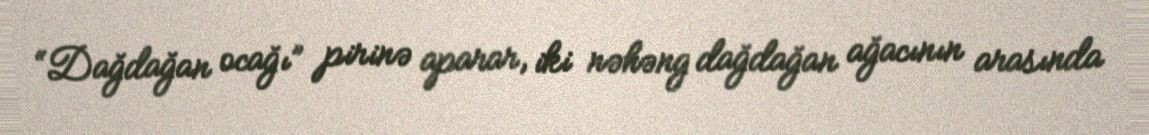
“Dağdağan ocağı” pirinə aparar, iki nəhəng dağdağan ağacının arasında